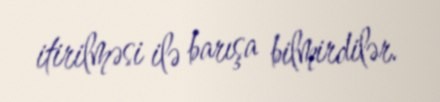
itirilməsi ilə barışa bilmirdilər.